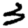
Digit: 3